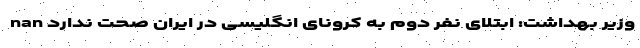
وزیر بهداشت: ابتلای نفر دوم به کرونای انگلیسی در ایران صحت ندارد nan